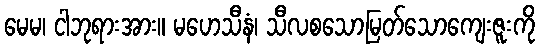
မေမ၊ ငါဘုရားအား။ မဟေသီနံ၊ သီလစသောမြတ်သောကျေးဇူးကို